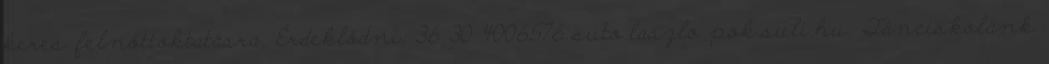
keres felnőttoktatásra. Érdeklődni: 36 30 4006576 suto.laszlo pok.suli.hu. Tánciskolánk